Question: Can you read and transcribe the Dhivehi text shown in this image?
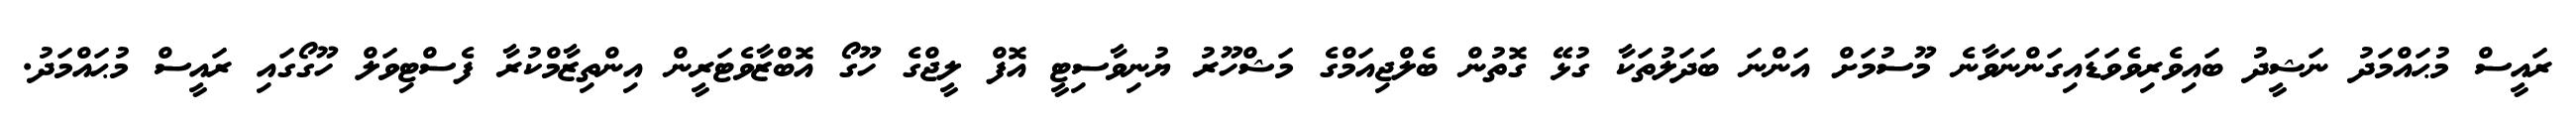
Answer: ރައީސް މުޙައްމަދު ނަޝީދު ބައިވެރިވެވަޑައިގަންނަވާނެ މޫސުމަށް އަންނަ ބަދަލުތަކާ ގުޅޭ ގޮތުން ބެލްޖިއަމްގެ މަޝްހޫރު ޔުނިވާސިޓީ އޮފް ލީޖްގެ ހޫގޯ އޮބްޒާވެޓަރީން އިންތިޒާމްކުރާ ފެސްޓިވަލް ހޫގޯގައި ރައީސް މުޙައްމަދު.